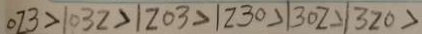
0 2 3 > 1 0 3 2 > 1 2 0 3 > 1 2 3 0 > 1 3 0 2 > 1 3 2 0 >